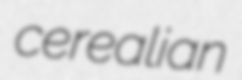
cerealian